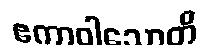
ဧကာဝါသောတိ